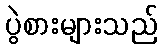
ပွဲစားများသည်